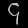
Digit: ၄